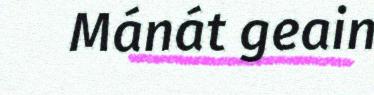
Mánát geain